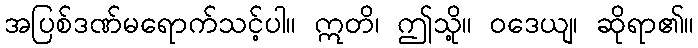
အပြစ်ဒဏ်မရောက်သင့်ပါ။ ဣတိ၊ ဤသို့။ ဝဒေယျ၊ ဆိုရာ၏။